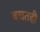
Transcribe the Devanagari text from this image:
बचतही